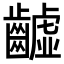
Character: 𪙫